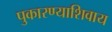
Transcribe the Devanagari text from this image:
पुकारण्याशिवाय